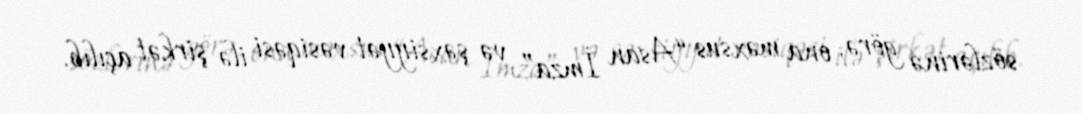
sözlərinə görə, ona məxsus “Asan İmza” və şəxsiyyət vəsiqəsi ilə şirkət açılıb.